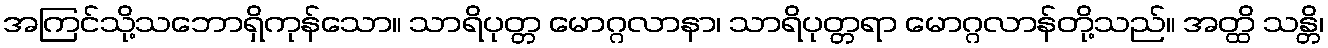
အကြင်သို့သဘောရှိကုန်သော။ သာရိပုတ္တ မောဂ္ဂလာနာ၊ သာရိပုတ္တရာ မောဂ္ဂလာန်တို့သည်။ အတ္ထိ သန္တိ၊